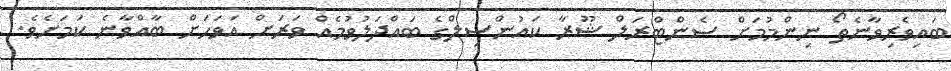
ބައިވެރިވާނެތޯ ނިންމުމަށް ސެންޓްރަލް ޝޫރާ ކައުންސިލްގެ ބައްދަލުވުމެއް ވަރަށް އަވަހަށް ބާއްވާނެ ކަމަށެވެ.